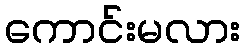
ကောင်းမလား